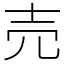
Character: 売